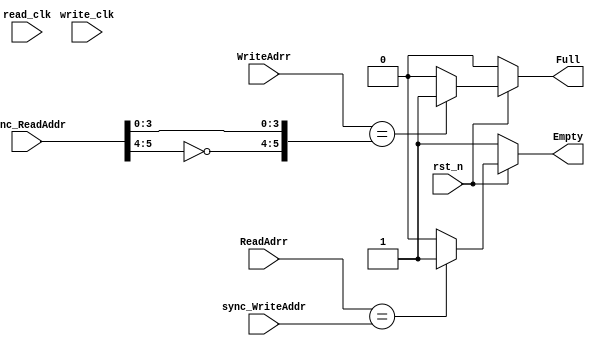
module Flag_Control #(parameter ADDR_WIDTH = 5)(
	input                rst_n,
	input                read_clk,
	input                write_clk, 
	input [ADDR_WIDTH:0] sync_ReadAddr,
	input [ADDR_WIDTH:0] ReadAdrr,
	input [ADDR_WIDTH:0] sync_WriteAddr,
	input [ADDR_WIDTH:0] WriteAdrr,
	output   reg         Full,
	output   reg         Empty
);


always @(*) begin : Full_Flag_Control //negedge rst_n or sync_ReadAddr_internal or WriteAdrr_internal
    if (~rst_n) begin
        Full = 0;
    end
    else if ((WriteAdrr) == {~sync_ReadAddr[ADDR_WIDTH:ADDR_WIDTH-1],sync_ReadAddr[ADDR_WIDTH-2:0]}) begin
        Full = 1;
    end
    else begin
        Full = 0; 
    end     
end


always @(*) begin : Empty_Flag_Control //negedge rst_n or sync_WriteAddr_internal or ReadAdrr_internal
    if (~rst_n) begin
        Empty = 1;
    end
    else if (ReadAdrr == sync_WriteAddr) begin // address to read from == Next location to write in.
        Empty = 1;
    end
    else begin
        Empty = 0; 
    end     
end	




endmodule